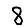
Digit: 8